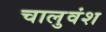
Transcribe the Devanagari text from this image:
चालुवंश